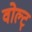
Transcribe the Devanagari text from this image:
वोल्ट्